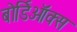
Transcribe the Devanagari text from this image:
बोर्डिऑक्स